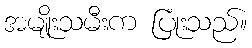
အမျိုးသမီးက ပြုံးသည်။